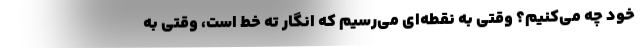
خود چه می‌کنیم؟ وقتی به نقطه‌ای می‌رسیم که انگار ته خط است، وقتی به